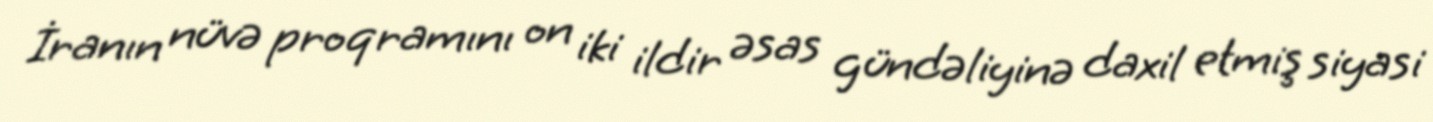
İranın nüvə proqramını on iki ildir əsas gündəliyinə daxil etmiş siyasi